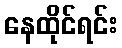
နေထိုင်ရင်း